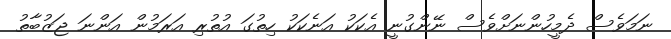
ނަމަވެސް ދެމީހުންނަށްވެސް ނޭންގުނީ އެކަކު އަނެކަކު ހިތުގަ އުތުރި އަރަމުން އަންނަ ޖަޒުބާތު